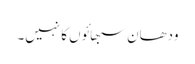
ودھان سبھائوں کا نہیں۔